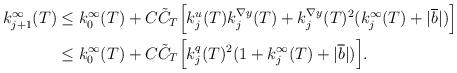
LaTeX: \begin{align*}\begin{aligned}k^{\infty}_{j+1}(T) &\leq k^{\infty}_{0}(T)+C \tilde{C}_{T} \Big[k^{u}_{j}(T) k^{\nabla y}_{j}(T)+ k^{\nabla y}_{j}(T)^2(k^{\infty}_{j}(T)+ \lvert \overline{b} \rvert ) \Big] \\&\leq k^{\infty}_{0}(T)+C \tilde{C}_{T} \Big[k^{q}_{j}(T)^2 (1+k^{\infty}_{j}(T)+ \lvert \overline{b} \rvert ) \Big].\end{aligned}\end{align*}